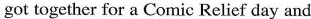
got together for a Comic Relief day and